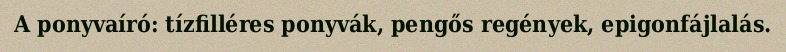
A ponyvaíró: tízfilléres ponyvák, pengős regények, epigonfájlalás.